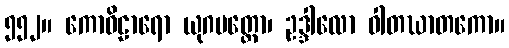
၅၅၂။ ကောဝိဠာရော ယုဂပတ္တော၊ ဥဒ္ဒါလော ဝါတဃာတကော။